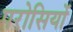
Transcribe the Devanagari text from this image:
परोसियों